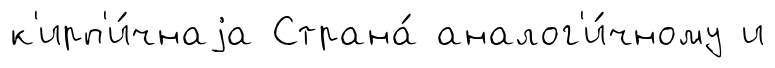
к'ирп'и́чнаjа Страна́ аналог'и́чному и